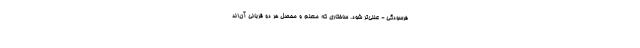
فرسودگی - علنی‌تر شود. ساختاری که معلم و محصل هر دو قربانی آن‌اند